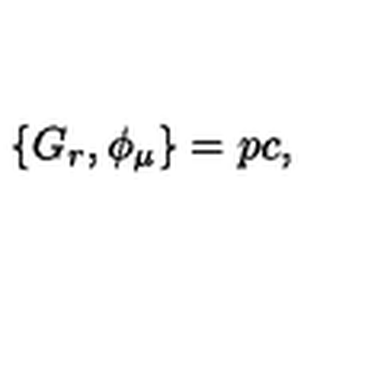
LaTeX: \{ G _ { r } , \phi _ { \mu } \} = p c ,